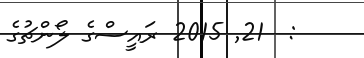
:  21